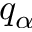
q _ { \alpha }